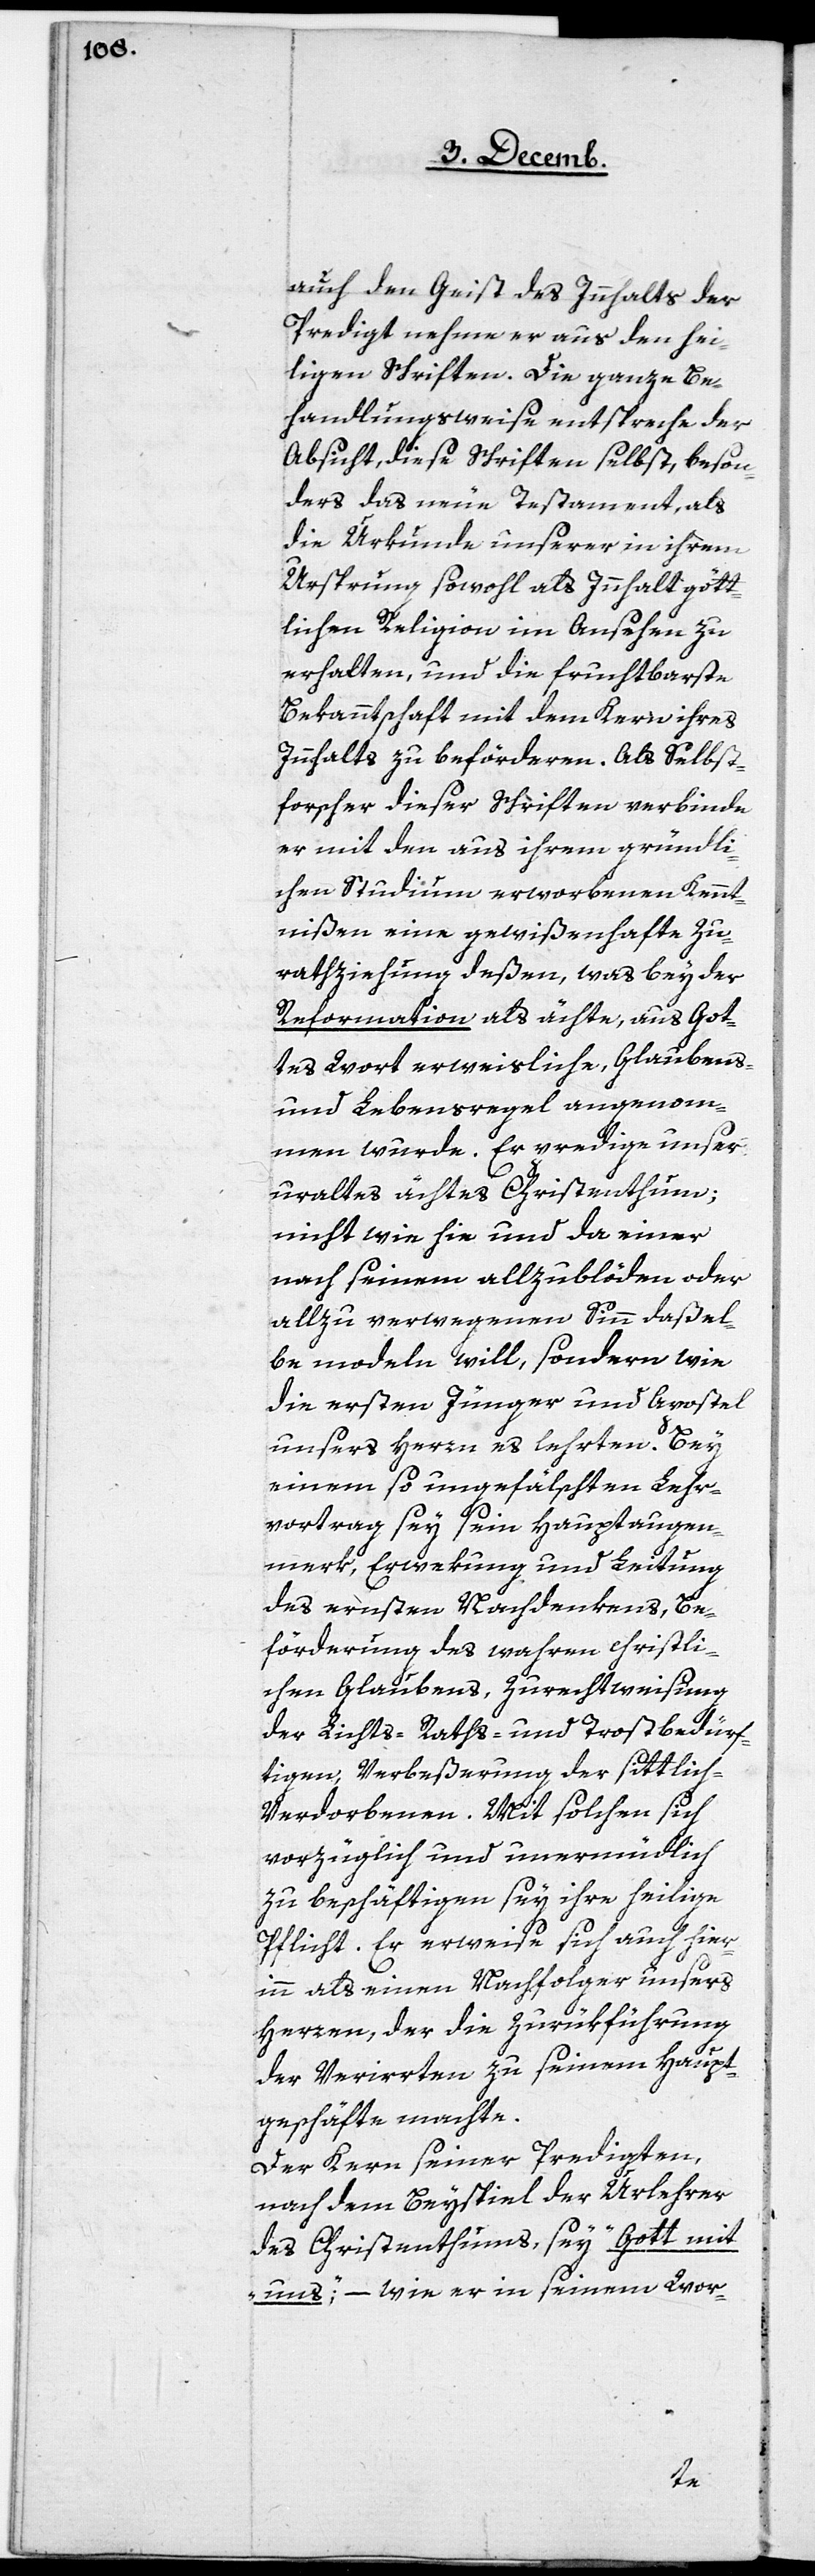
auch den Geist des Innhalts der
Predigt nehme er aus den hei¬
ligen Schriften. Die ganze Be¬
handlungsweise entspreche der
Absicht, diese Schriften selbst, beson¬
ders das Neue Testament, als
die Urkunde unserer in ihrem
Ursprung sowohl als Innhalt gött¬
lichen Religion im Ansehen zu
erhalten, und die fruchtbarste
Bekanntschaft mit dem Kern ihres
Innhalts zu beförderen. Als Selbst¬
forscher dieser Schriften verbinde
er mit den aus ihrem gründli¬
chen Studium erworbenen Kennt¬
nißen eine gewißenhafte Zu¬
rathziehung deßen, was bey der
Reformation als ächte, aus Got¬
tes Wort erweisliche, Glaubens-
und Lebensregel angenom¬
men wurde. Er predige unser
uraltes ächtes Christenthum;
nicht wie hie und da einer
nach seinem allzublöden oder
allzu verwegenen Sinn daßel¬
be modeln will, sondern wie
die ersten Jünger und Apostel
unsers Herrn es lehrten. Bey
einem so ungefälschten Lehr¬
vortrag sey sein Hauptaugen¬
merk, Erwekung und Leitung
des ernsten Nachdenkens, Be¬
förderung des wahren christli¬
chen Glaubens, Zurechtweisung
der Lichts-[,] Raths- und Trostbedürf¬
tigen, Verbeßerung der sittlich
Verdorbenen. Mit solchen sich
vorzüglich und unermüdlich
zu beschäftigen sey ihre heilige
Pflicht. Er erweise sich auch hier¬
inn als einen Nachfolger unsers
Herren, der die Zurükführung
der Verirrten zu seinem Haupt¬
geschäfte machte.
Der Kern seiner Predigten,
nach dem Beyspiel der Urlehrer
des Christenthums, sey „Gott mit
uns“; – wie er in seinem Wor-